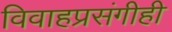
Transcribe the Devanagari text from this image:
विवाहप्रसंगीही